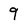
Character: 9